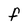
Character: F